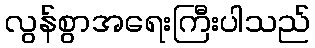
လွန်စွာအရေးကြီးပါသည်